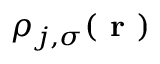
\rho _ { j , \sigma } ( \boldsymbol { \textbf { r } } )